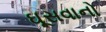
ઘૂસવાનો